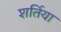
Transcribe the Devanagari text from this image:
शर्तिया